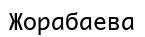
Жорабаева